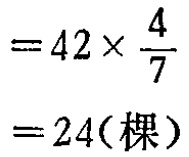
\[

\begin{align*}

&=42\times\frac{4}{7}\\

& = 24(\text{棵})

\end{align*}

\]